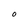
Character: O